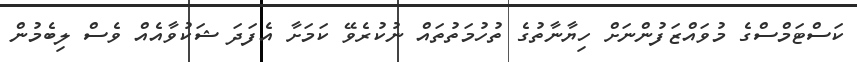
ކަސްޓަމްސްގެ މުވައްޒަފުންނަށް ހިޔާނާތުގެ ތުހުމަތުތައް ނުކުރެވޭ ކަމަށާ އެފަދަ ޝަކުވާއެއް ވެސް ލިބެމުން